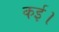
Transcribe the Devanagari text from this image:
कई।